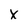
Character: x